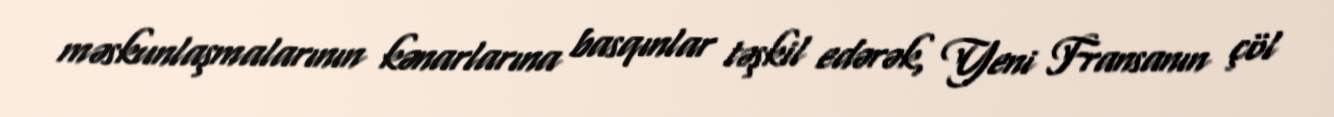
məskunlaşmalarının kənarlarına basqınlar təşkil edərək, Yeni Fransanın çöl